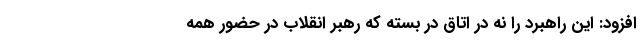
افزود: این راهبرد را نه در اتاق در بسته که رهبر انقلاب در حضور همه